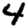
Digit: 4